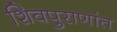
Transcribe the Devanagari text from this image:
शिवपुराणांत